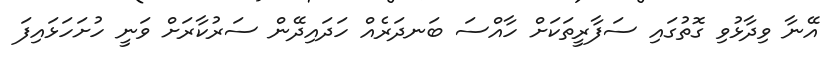
އޭނާ ވިދާޅުވި ގޮތުގައި ސަފާރީތަކަށް ހާއްސަ ބަނދަރެއް ހަދައިދޭން ސަރުކާރަށް ވަނީ ހުށަހަޅައިފަ